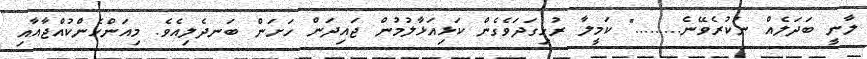
ލާނީ ބަދަލެއް ނުކުރެވޭނެ........." ކަމީލާ ރުޅިގަދަވެގެން ކަޅިއަޅާލުމުން ޖައިދަން ހަށަން ބަނދެލިއެވެ. މިއަންހެންކުއްޖާއާއި